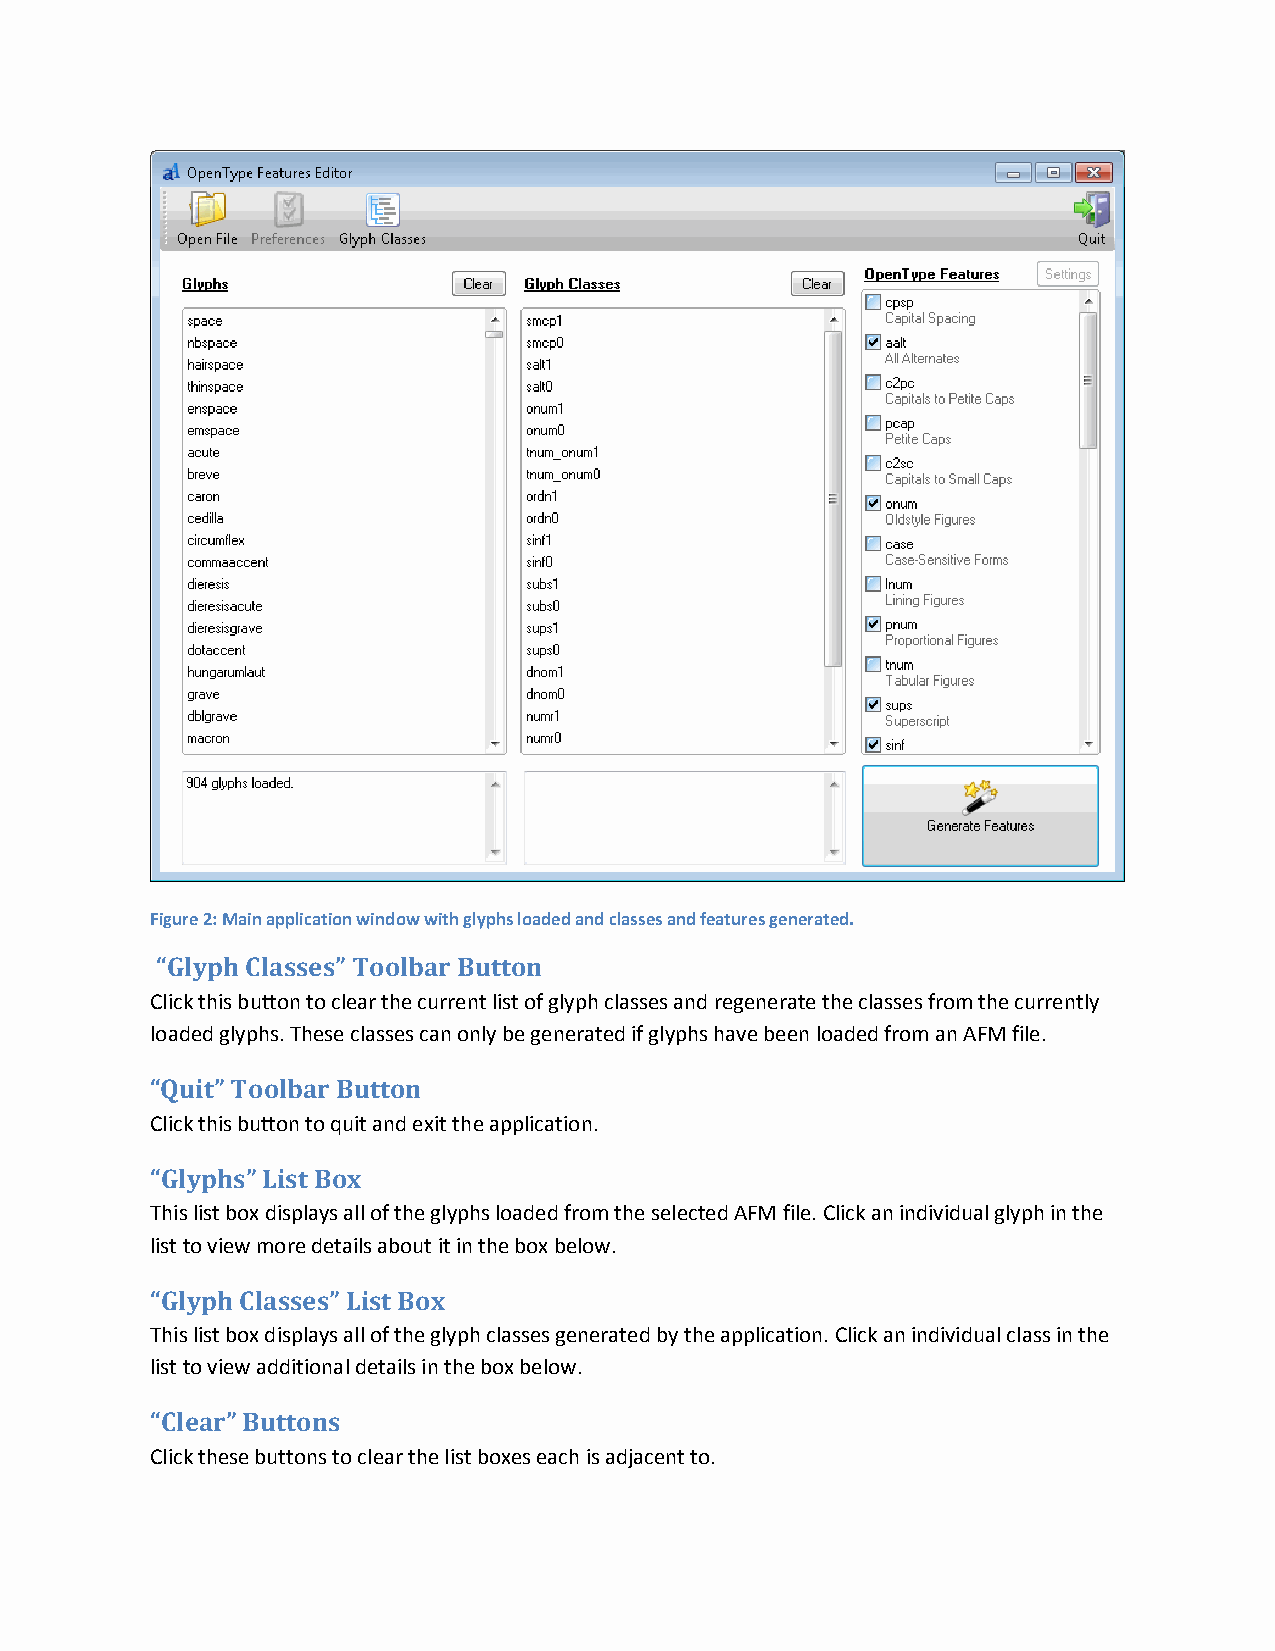
Figure 2: Main application window with glyphs loaded and classes and features generated.
 “Glyph Classes” Toolbar Button
 Click this button to clear the current list of glyph classes and regenerate the classes from the currently
 loaded glyphs. These classes can only be generated if glyphs have been loaded from an AFM file.
 “Quit” Toolbar Button
 Click this button to quit and exit the application.
 “Glyphs” List Box
 This list box displays all of the glyphs loaded from the selected AFM file. Click an individual glyph in the
 list to view more details about it in the box below.
 “Glyph Classes” List Box
 This list box displays all of the glyph classes generated by the application. Click an individual class in the
 list to view additional details in the box below.
 “Clear” Buttons
 Click these buttons to clear the list boxes each is adjacent to.